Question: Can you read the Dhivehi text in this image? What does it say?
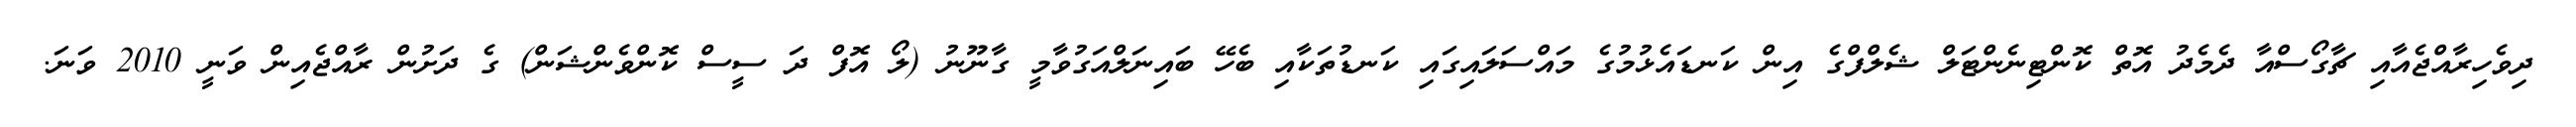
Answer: ދިވެހިރާއްޖެއާއި ޗާގޯސްއާ ދެމެދު އޮތް ކޮންޓިނެންޓަލް ޝެލްފްގެ އިން ކަނޑައެޅުމުގެ މައްސަލައިގައި ކަނޑުތަކާއި ބެހޭ ބައިނަލްއަގުވާމީ ގާނޫނު (ލޯ އޮފް ދަ ސީސް ކޮންވެންޝަން) ގެ ދަށުން ރާއްޖެއިން ވަނީ 2010 ވަނަ.